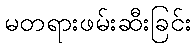
မတရားဖမ်းဆီးခြင်း